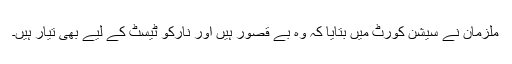
ملزمان نے سیشن کورٹ میں بتایا کہ وہ بے قصور ہیں اور نارکو ٹیسٹ کے لیے بھی تیار ہیں۔